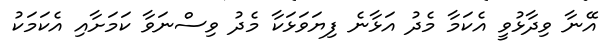
އޭނާ ވިދާޅުވީ އެކަމާ މެދު އަޅާނެ ފިޔަވަޅަކާ މެދު ވިސްނަވާ ކަމަށާއި އެކަމަކު